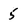
Character: 5